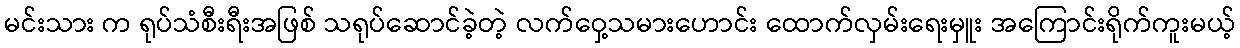
မင်းသား က ရုပ်သံစီးရီးအဖြစ် သရုပ်ဆောင်ခဲ့တဲ့ လက်ဝှေ့သမားဟောင်း ထောက်လှမ်းရေးမှူး အကြောင်းရိုက်ကူးမယ့်